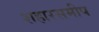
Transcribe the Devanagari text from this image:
शहारसमीप